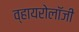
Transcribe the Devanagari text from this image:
व्हायरोलॉजी